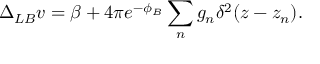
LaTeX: \Delta _ { L B } v = \beta + 4 \pi e ^ { - \phi _ { B } } \sum _ { n } g _ { n } \delta ^ { 2 } ( z - z _ { n } ) .